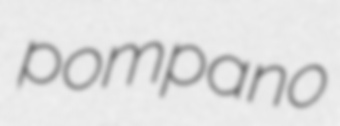
pompano